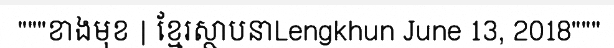
"""ខាងមុខ | ខ្មែរស្ថាបនាLengkhun June 13, 2018"""